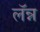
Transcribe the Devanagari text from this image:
लॅन्न